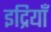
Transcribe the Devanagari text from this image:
इद्रियाँ